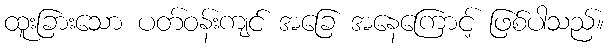
ထူးခြားသော ပတ်ဝန်းကျင် အခြေ အနေကြောင့် ဖြစ်ပါသည်။